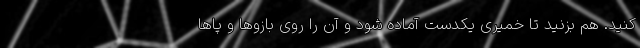
کنید. هم بزنید تا خمیری یکدست آماده شود و آن را روی بازوها و پاها